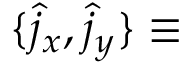
\{ \hat { j } _ { x } , \hat { j } _ { y } \} \equiv